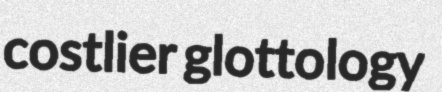
costlier glottology